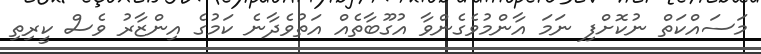
މަސައްކަތް ނުކޮށްފި ނަމަ އާންމުވެގެންވާ އުގޫބާތެއް އަތުވެދާނެ ކަމުގެ އިންޒާރު ވެސް ކީރިތި